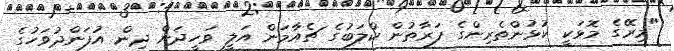
"މިރޭގެ މޮޅަކީ ކުޅުންތެރިންގެ ފަރާތުން ކްލަބުގެ ޗެއާމަން އަލީ ވަހީދަށް ދިން އުފަންދުވަހުގެ